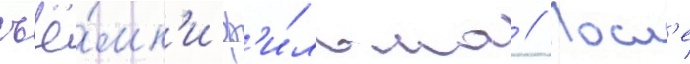
съё́мк'и ф'и́льма // Посл'е